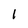
Character: 1